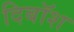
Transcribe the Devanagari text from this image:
दिबॉश